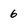
Character: 6